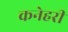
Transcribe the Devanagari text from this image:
कनेहरी